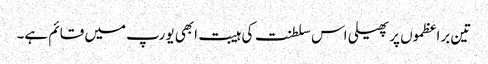
تین براعظموں پر پھیلی اس سلطنت کی ہیبت ابھی یورپ میں قائم ہے۔